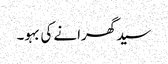
سید گھرانے کی بہو۔